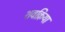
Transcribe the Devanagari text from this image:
शवक्रिया